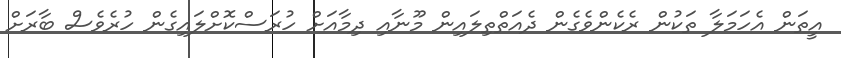
އީތަން އެހަމަލާ ތަކުން ރެކެންވެގެން ދެއަތްތިލައިން މޫނާއި ދިމާއަށް ހުރަސްކޮށްލައިގެން ހުރެވެސް ބާރަށް